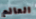
العالم